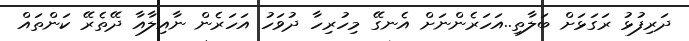
ދަރިފުޅު ރަގަޅަށް ބަލާތި..އަހަރެންނަށް އެނގޭ މިހުރިހާ ދުވަހު އަހަރެން ނާއިލާއާ ދޭތެރޭ ކަންތައް